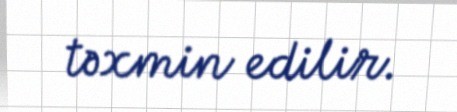
təxmin edilir.